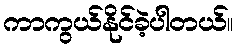
ကာကွယ်နိုင်ခဲ့ပါတယ်။